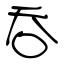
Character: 吞